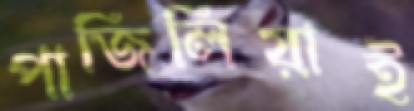
পাজিলিয়াই